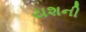
યશની